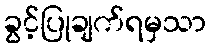
ခွင့်ပြုချက်ရမှသာ